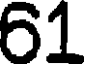
61